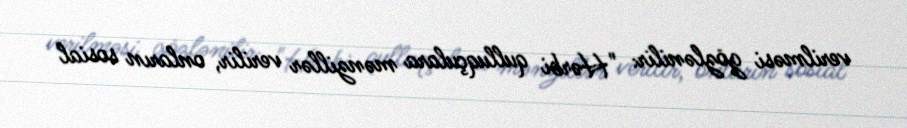
verilməsi gözlənilir: "Hərbi qulluqçulara mənzillər verilir, onların sosial